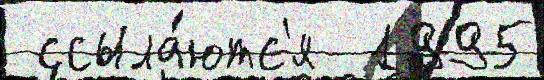
 ссыла́ютс'я  1995